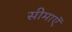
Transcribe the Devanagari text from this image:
सीमाएॅ